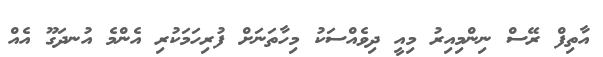
އާތިފް ރޭސް ނިންމިއިރު މިއީ ދިވެއްސަކު މިހާތަނަށް ފުރިހަމަކުރި އެންމެ އުނދަގޫ އެއް